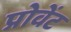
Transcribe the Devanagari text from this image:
प्रोवेंट